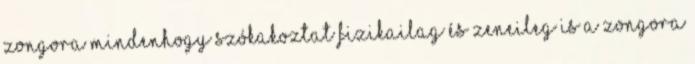
zongora mindenhogy szókakoztat fizikailag és zeneileg is A zongora